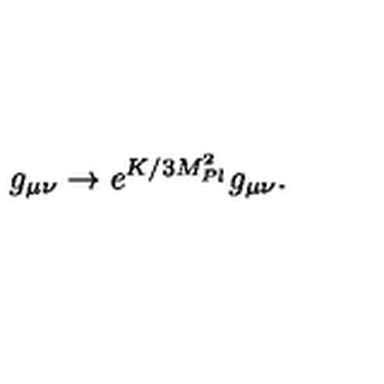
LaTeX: g _ { \mu \nu } \rightarrow e ^ { K / 3 M _ { P l } ^ { 2 } } g _ { \mu \nu } .